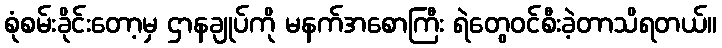
စုံစမ်းခိုင်းတော့မှ ဌာနချုပ်ကို မနက်အစောကြီး ရဲတွေဝင်စီးခဲ့တာသိရတယ်။